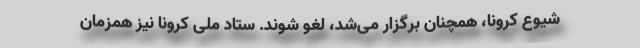
شیوع کرونا، همچنان برگزار می‌شد، لغو شوند. ستاد ملی کرونا نیز همزمان